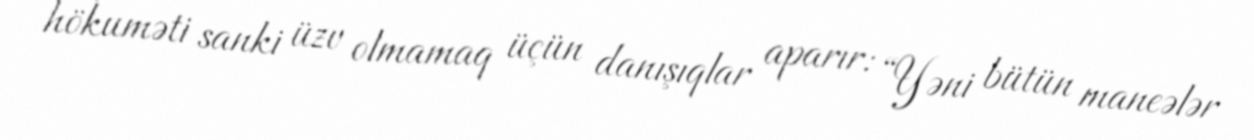
hökuməti sanki üzv olmamaq üçün danışıqlar aparır: “Yəni bütün maneələr